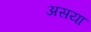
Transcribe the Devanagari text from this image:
असया